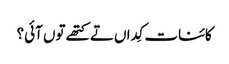
کائنات کِداں تے کتھے تو‏ں آئی؟